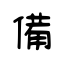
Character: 備